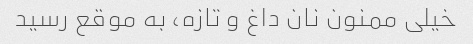
خیلی ممنون نان داغ و تازه، به موقع رسید